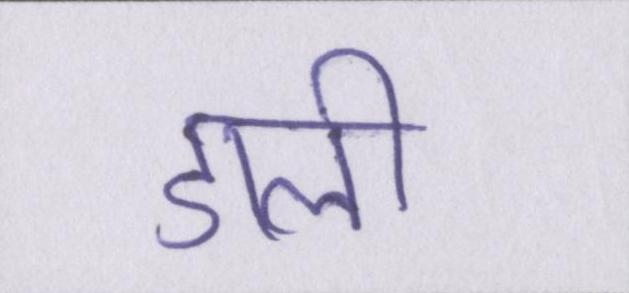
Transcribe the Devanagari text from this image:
डाली